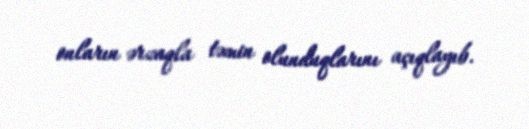
onların ərzaqla təmin olunduqlarını açıqlayıb.